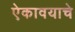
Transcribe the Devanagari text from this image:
ऐकावयाचे